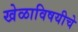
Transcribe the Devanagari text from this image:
खेळाविषयीचे